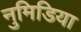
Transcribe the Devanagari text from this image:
नुमिडिया